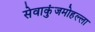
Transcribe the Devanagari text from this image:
सेवाकुंजमोहल्ला